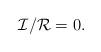
LaTeX: \begin{align*}{\mathcal{I}}/{\mathcal{R}} = 0.\end{align*}